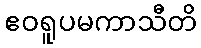
ဧဝရူပမကာသီတိ